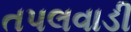
તપલવાડી